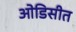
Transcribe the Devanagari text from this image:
ओडिसीत